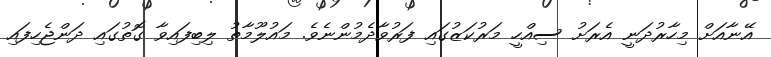
އޭނާއަށް މިހާރުދަނީ އެރަށު ސިއްހީ މަރުކަޒުގައި ފަރުވާދެމުންނެވެ. މައުލޫމާތު ލިބިފައިވާ ގޮތުގައި ދަންޖެހިފައި